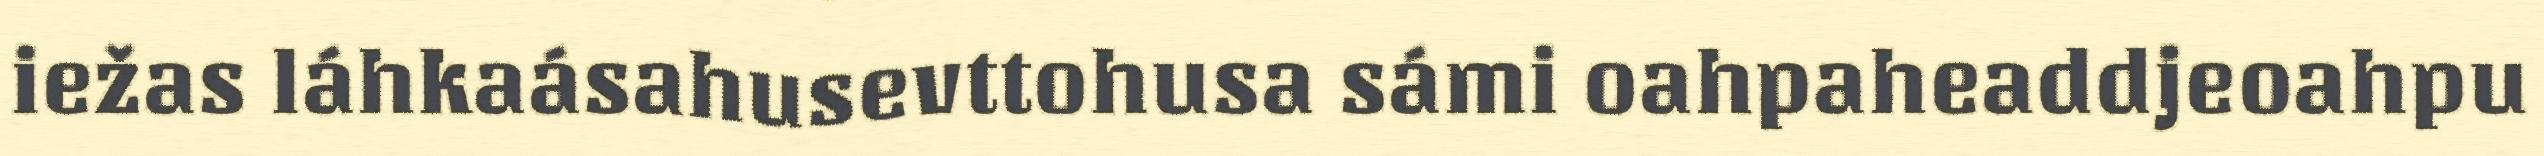
iežas láhkaásahusevttohusa sámi oahpaheaddjeoahpu